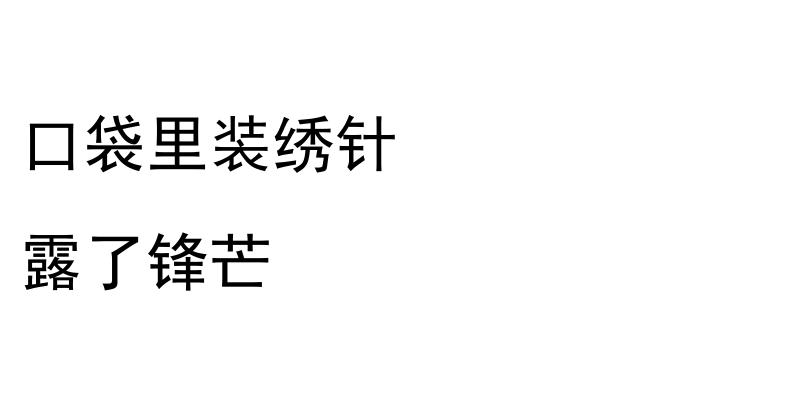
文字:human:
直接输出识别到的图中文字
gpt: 口袋里装绣针 露了锋芒